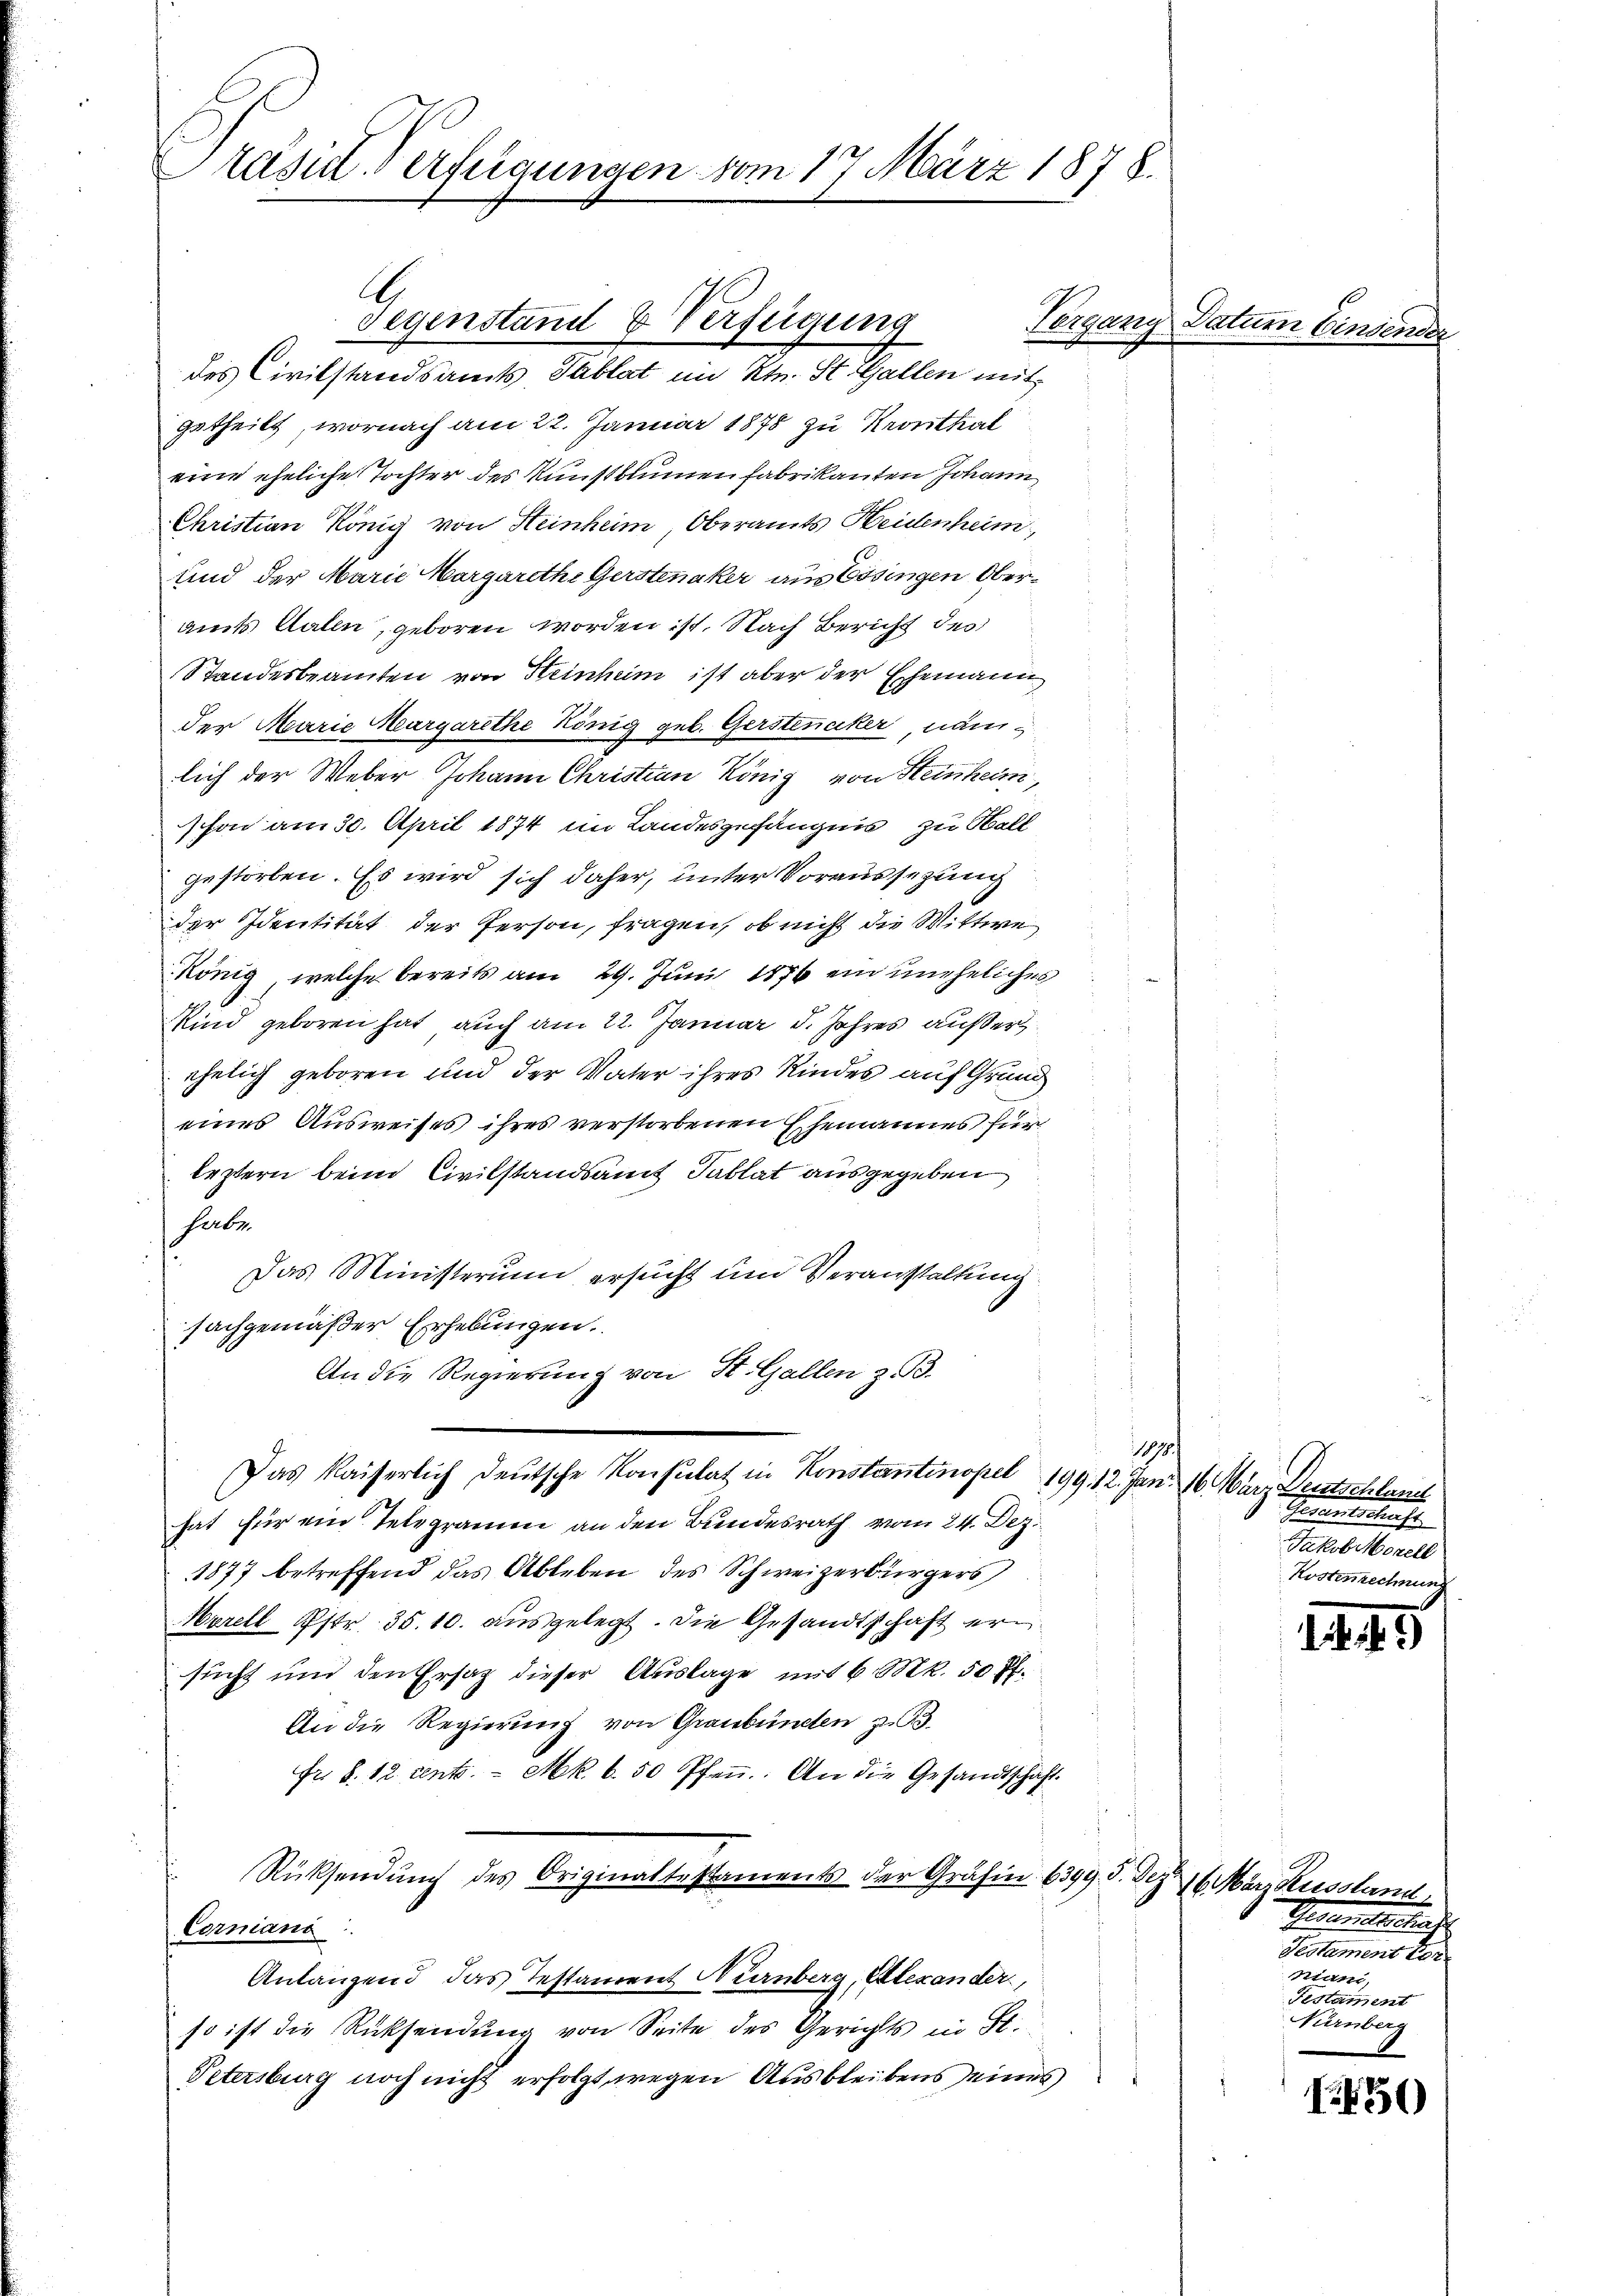
rasirt Verfügungen vom 17. März 1878.

A
Gegenstand & Verfügung
des Civilstandsamts Tablat im Ktn. St. Gallen mit

getheilt, wornach am 22. Januar 1878 zu Kronthal
eine eheliche Tochter des Kunstblumen fabrikanten Johann
Christian König von Heinheim, Oberamts Heidenheim,
und der Marie Margarethe Gerstinaker aus Essingen Oberaut Kalen, geboren worden ist. Nach Bericht des
Standesbeamten von Heinheim ist aber der Ehemann
der Marie Margarethe König geb. Gerstenaker, nämlich der Weber Johann Christian König von Steinhei
schon am 30. April 1874 im Landesgefängnis zu Boll
gestorben. Es wird sich daher, unter Voraussezung
der Identität der Person, fragen, ob nicht die Wittwe
König, welche bereits am 29. Juni 1876 ein uneheliches
Kind geboren hat, auch am 22. Januar d. Jahres außer
ehelich geboren und der Vater ihres Kindes auf Grund
eines Ausweises ihres verstorbenen Ehemannes für
leztern beim Civilstandsamt Tablat ausgegeben
habe.
Das Ministerium ersucht und Veranstaltung
sachgemäßer Erhebungen.
An die Regierung von St. Gallen z. B.
197.
Das Kaiserlich deutsche Konsulat in Konstantinopel 199. 12. Jan. 16 März Deutschland
hat für ein Telegramm an den Bundesrath vom 24. Dez.
1877 betreffend das Ableben des Schweizerbürgers
Morell Pstr. 35. 10. ausgelegt. Die Gesandtschaft ersucht und den Ersatz dieser Auslage mit 6 Mk. 50 ff.
An die Regierung von Graubünden z. B.
Fr. 8. 12 cento. - Mk. b. 50 Pfen. An die Gesandtschaft
Rücksendung des Originattestaments der Gräfin 6399. 5. Dez. 16 März Russland,
Corniani
Anlangend das Testament Nürnberg, Alexander,
so ist die Rücksendung von Seite des Gerichts in St.
Petersburg noch nicht erfolgt wegen Ausbleibens eines

Vorgang Datum Einsen

Gesamtschaft.
Jakob Morell
Kostenrechnung

145

Geometerschaft
Gestamens der
Miani.
Testament
Nürnberg

1450